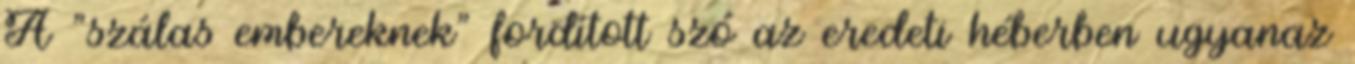
A "szálas embereknek" fordított szó az eredeti héberben ugyanaz